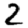
Digit: 2